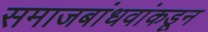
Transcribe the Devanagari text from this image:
समाजबांधवांकडून